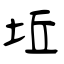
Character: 坵